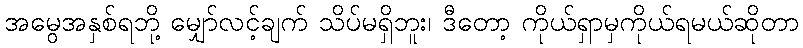
အမွေအနှစ်ရဘို့ မျှော်လင့်ချက် သိပ်မရှိဘူး၊ ဒီတော့ ကိုယ်ရှာမှကိုယ်ရမယ်ဆိုတာ